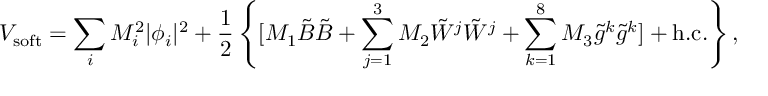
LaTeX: V _ { \mathrm { s o f t } } = \sum _ { i } M _ { i } ^ { 2 } | \phi _ { i } | ^ { 2 } + \frac { 1 } { 2 } \left\{ [ M _ { 1 } \tilde { B } \tilde { B } + \sum _ { j = 1 } ^ { 3 } M _ { 2 } \tilde { W } ^ { j } \tilde { W } ^ { j } + \sum _ { k = 1 } ^ { 8 } M _ { 3 } \tilde { g } ^ { k } \tilde { g } ^ { k } ] + \mathrm { h . c . } \right\} ,